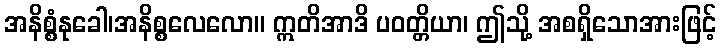
အနိစ္စံနုခေါ၊အနိစ္စလေလော။ ဣတိအာဒိ ပဝတ္တိယာ၊ ဤသို့ အစရှိသောအားဖြင့်